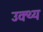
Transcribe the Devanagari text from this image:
उक्थ्य